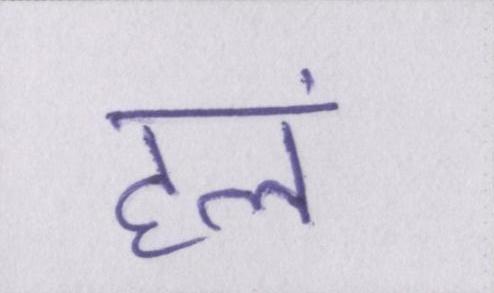
हलं